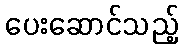
ပေးဆောင်သည့်